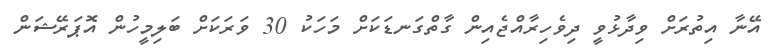
އޭނާ އިތުރަށް ވިދާޅުވީ ދިވެހިރާއްޖެއިން ގާތްގަނޑަކަށް މަހަކު 30 ވަރަކަށް ބަލިމީހުން އޮޕަރޭޝަން